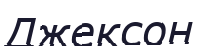
Джексон